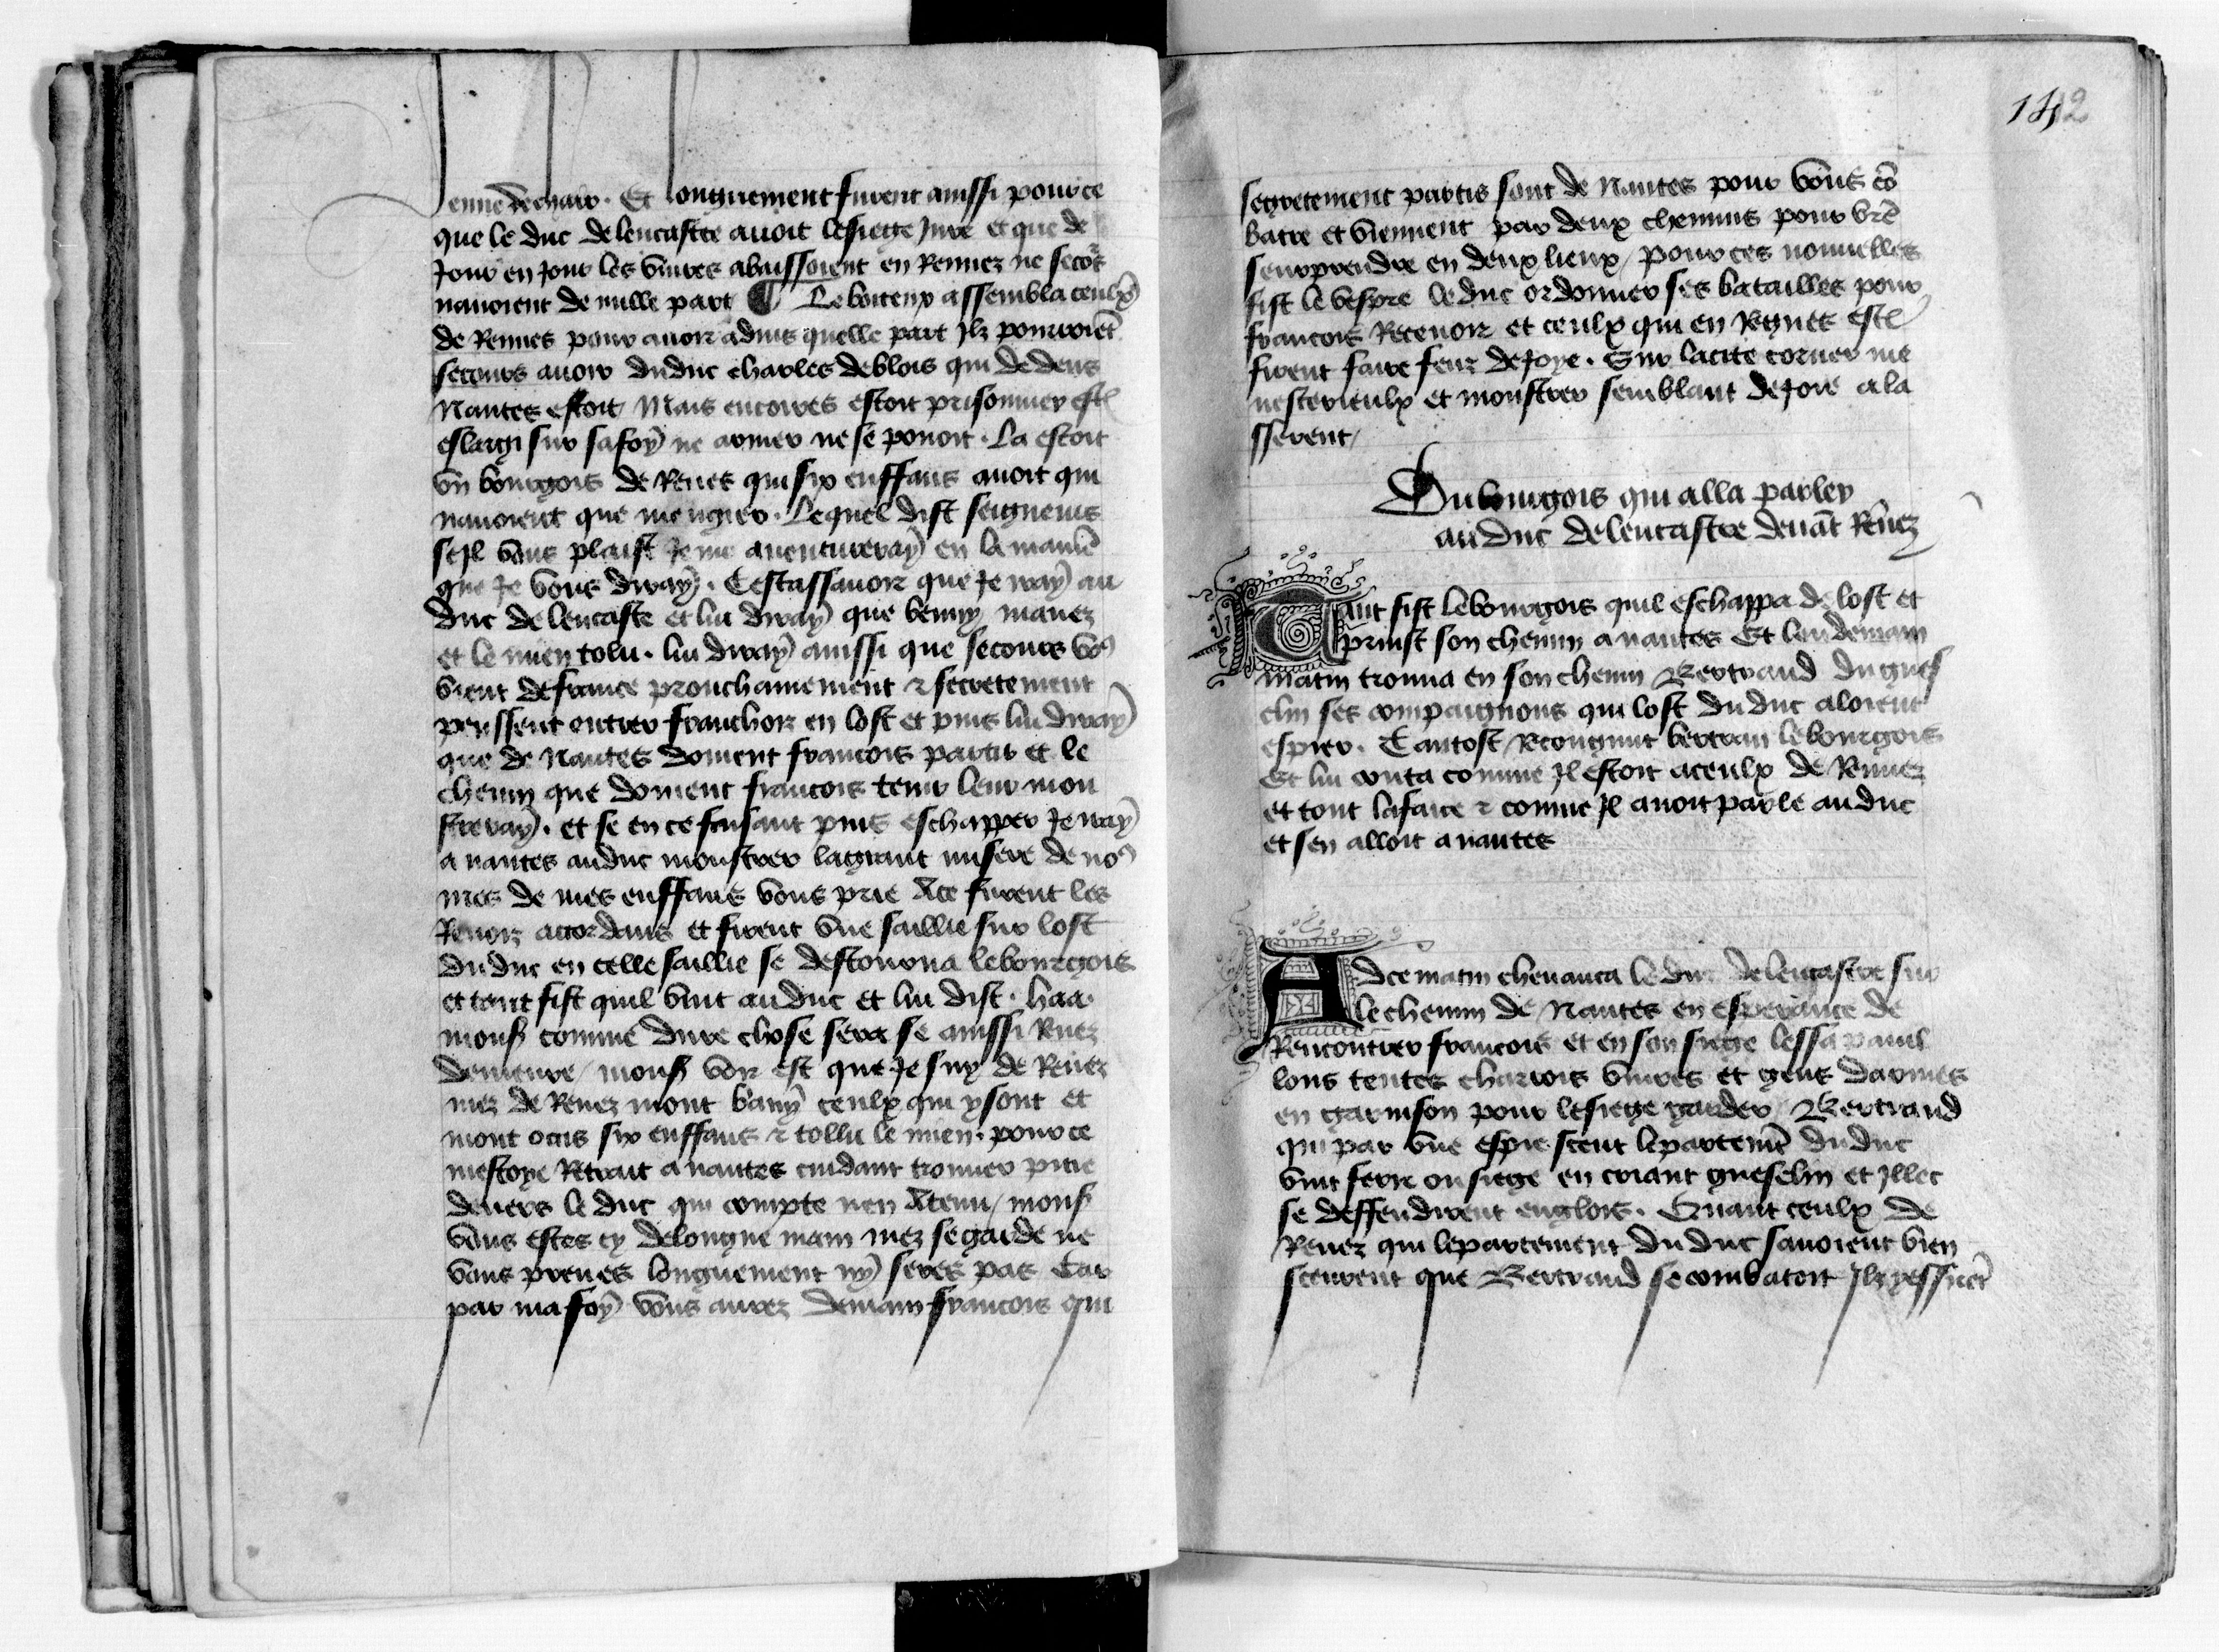
Shelfmark: Paris, BnF, fr. 1984
Century: 15